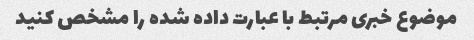
موضوع خبری مرتبط با عبارت داده شده را مشخص کنید